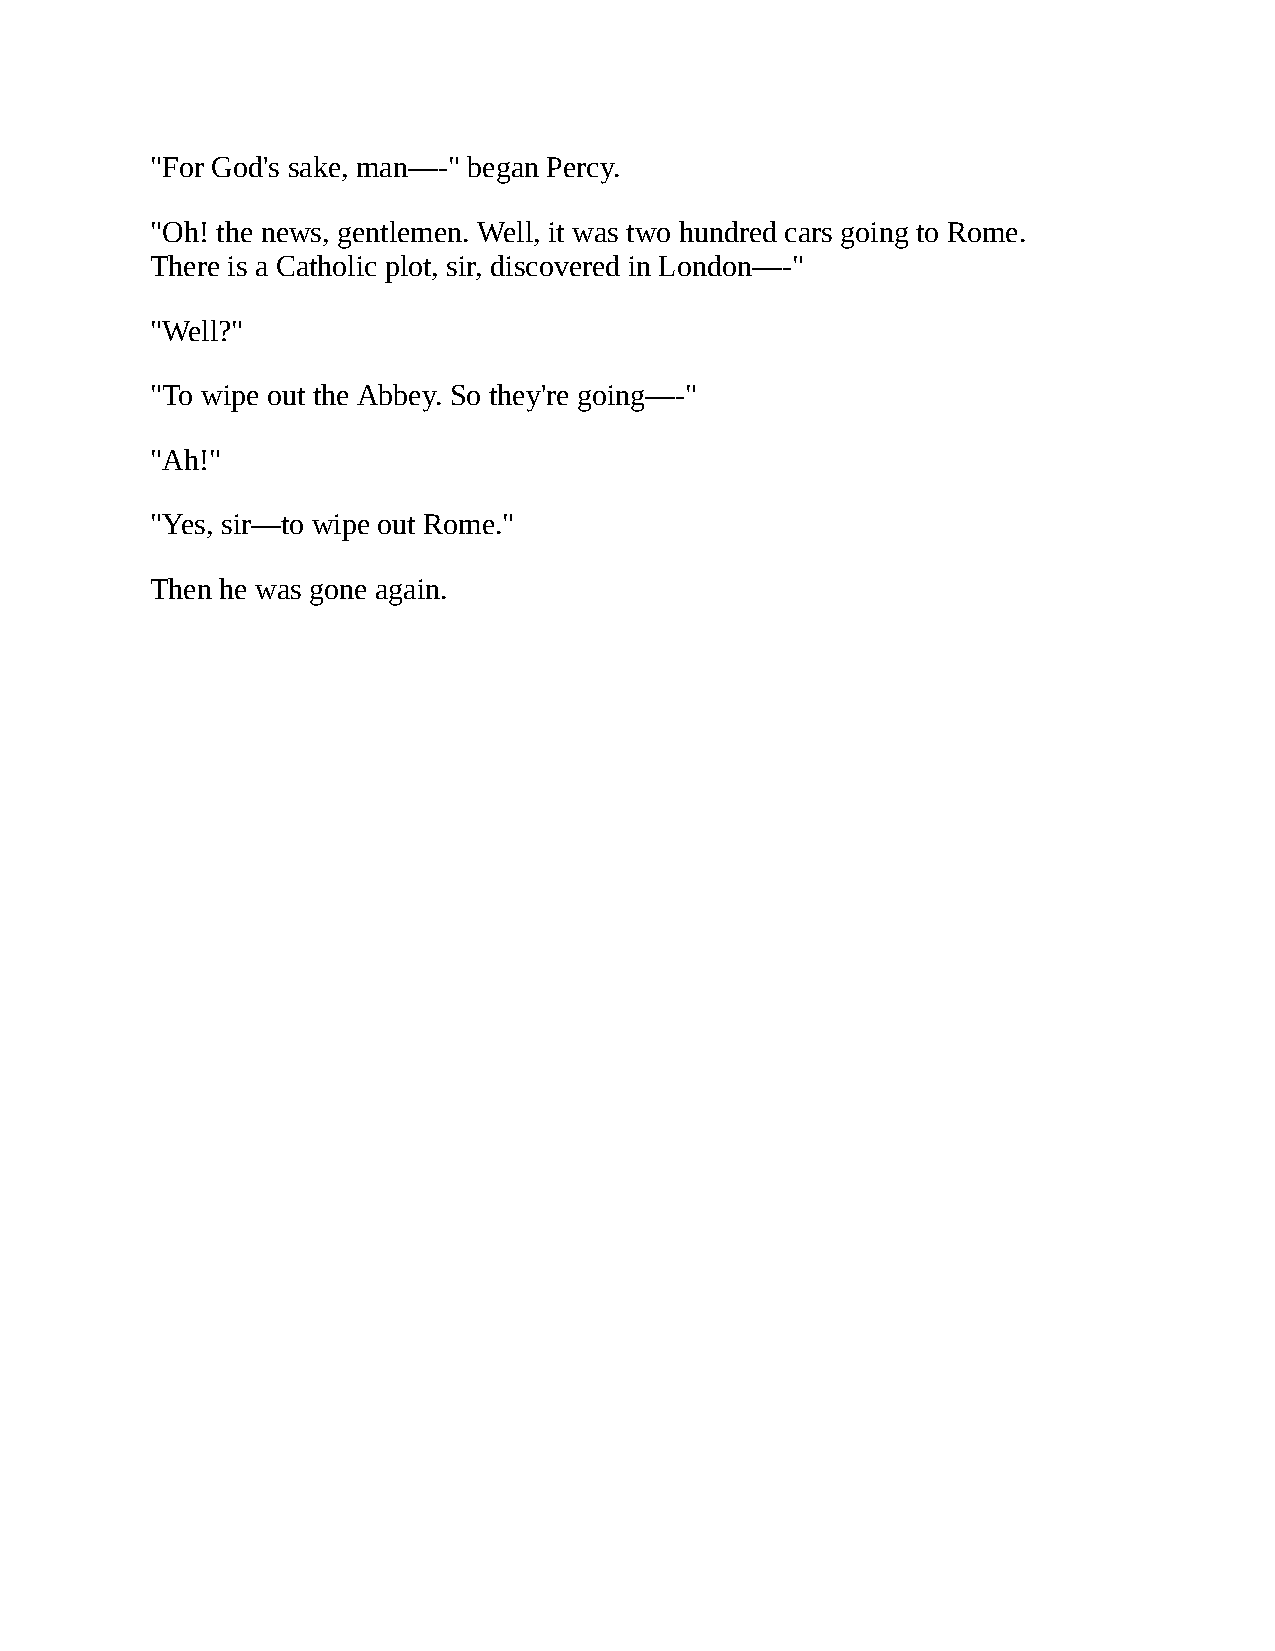
"For God's sake, man—-" began Percy.
 "Oh! the news, gentlemen. Well, it was two hundred cars going to Rome.
 There is a Catholic plot, sir, discovered in London—-"
 "Well?"
 "To wipe out the Abbey. So they're going—-"
 "Ah!"
 "Yes, sir—to wipe out Rome."
 Then he was gone again.